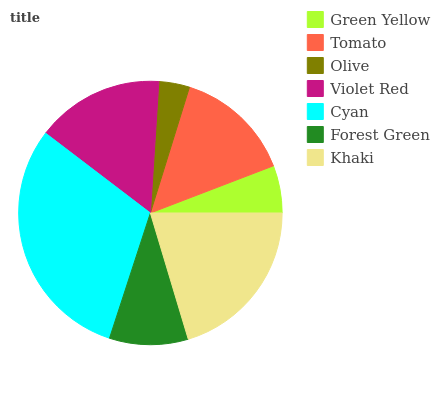
| Green Yellow | Tomato | Olive | Violet Red | Cyan | Forest Green | Khaki |
 | --- | --- | --- | --- | --- | --- | --- |
 | 5.82% | 14.4% | 3.75% | 15.7% | 30.4% | 9.65% | 20.4% |